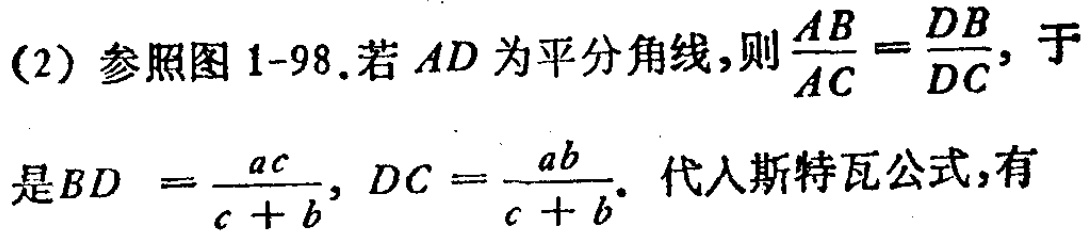
(2) 参照图 1-98.若 \(AD\) 为平分角线,则 \(\frac{AB}{AC}=\frac{DB}{DC}\), 于是 \(BD = \frac{ac}{c + b}\), \(DC=\frac{ab}{c + b}\). 代入斯特瓦公式,有